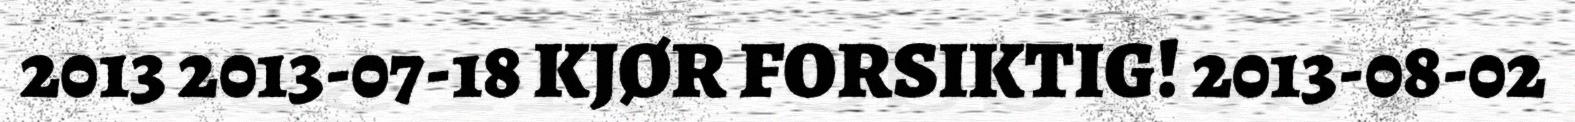
2013 2013-07-18 KJØR FORSIKTIG! 2013-08-02